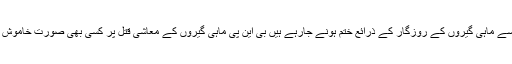
جس کی وجہ سے ماہی گیروں کے روزگار کے ذرائع ختم ہونے جارہے ہیں بی این پی ماہی گیروں کے معاشی قتل پر کسی بھی صورت خاموش نہیں رہے گی۔